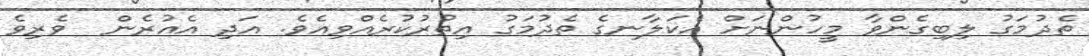
ތެދުމަގު ލިބިގެންވާ މީހުންނަށް އެކަލާނގެ ތެދުމަގު އިތުރުކުރެއްވިއެވެ. އަދި އެއުރެން  ވެރިވެ